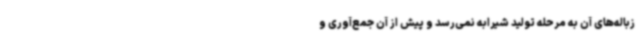
زباله‌های آن به مرحله تولید شیرابه نمی‌رسد و پیش از آن جمع‌آوری و